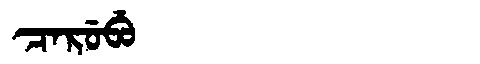
Manchu: ᠴᠠᡵᡠᠪᡠ
Romanization: CARUBU